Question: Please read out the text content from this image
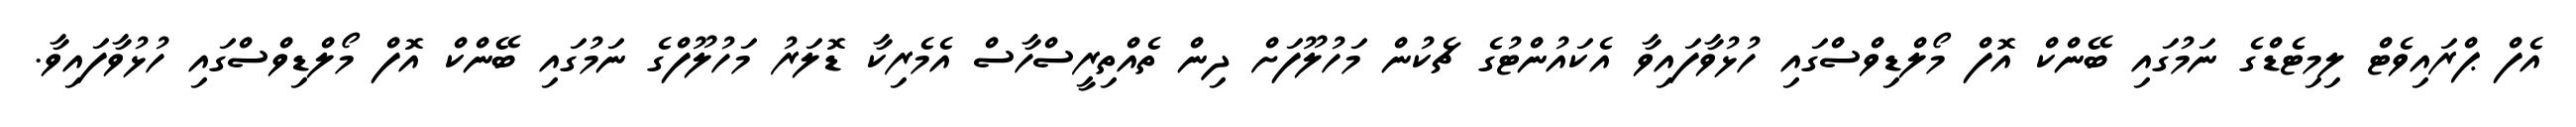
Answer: އެފް ޕްރައިވެޓް ލިމިޓެޑްގެ ނަމުގައި ބޭންކް އޮފް މޯލްޑިވްސްގައި ހުޅުވާފައިވާ އެކައުންޓުގެ ޗެކުން މަހުލޫފަށް ދިން ތެއްތިރީސްހާސް އެމެރިކާ ޑޮލަރު މަހުލޫފްގެ ނަމުގައި ބޭންކް އޮފް މޯލްޑިވްސްގައި ހުޅުވާފައިވާ.